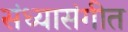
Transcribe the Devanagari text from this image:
संध्यासंगीत